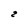
Character: 2